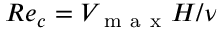
R e _ { c } = V _ { \mathrm { ~ m ~ a ~ x ~ } } H / \nu